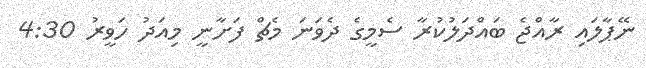
ނޭޕާލައި ރާއްޖެ ބައްދަލުކުރާ ސެމީގެ ދެވަނަ މެޗް ފަށާނީ މިއަދު ހަވީރު 4:30